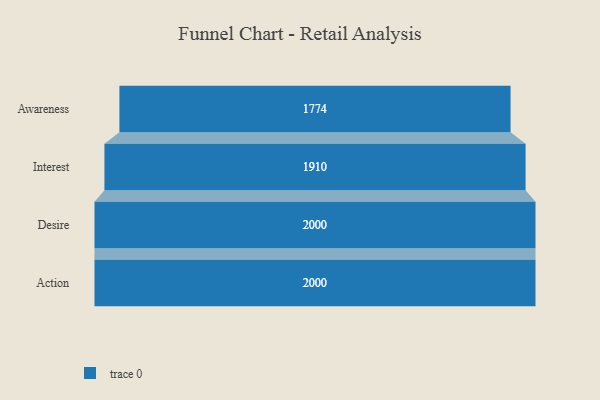
{"axis": {"x": "Stage", "y": "Value"}, "legend": [""], "data": [{"x": "Awareness", "y": 1774.0, "type": ""}, {"x": "Interest", "y": 1910.0, "type": ""}, {"x": "Desire", "y": 2000, "type": ""}, {"x": "Action", "y": 2000, "type": ""}]}